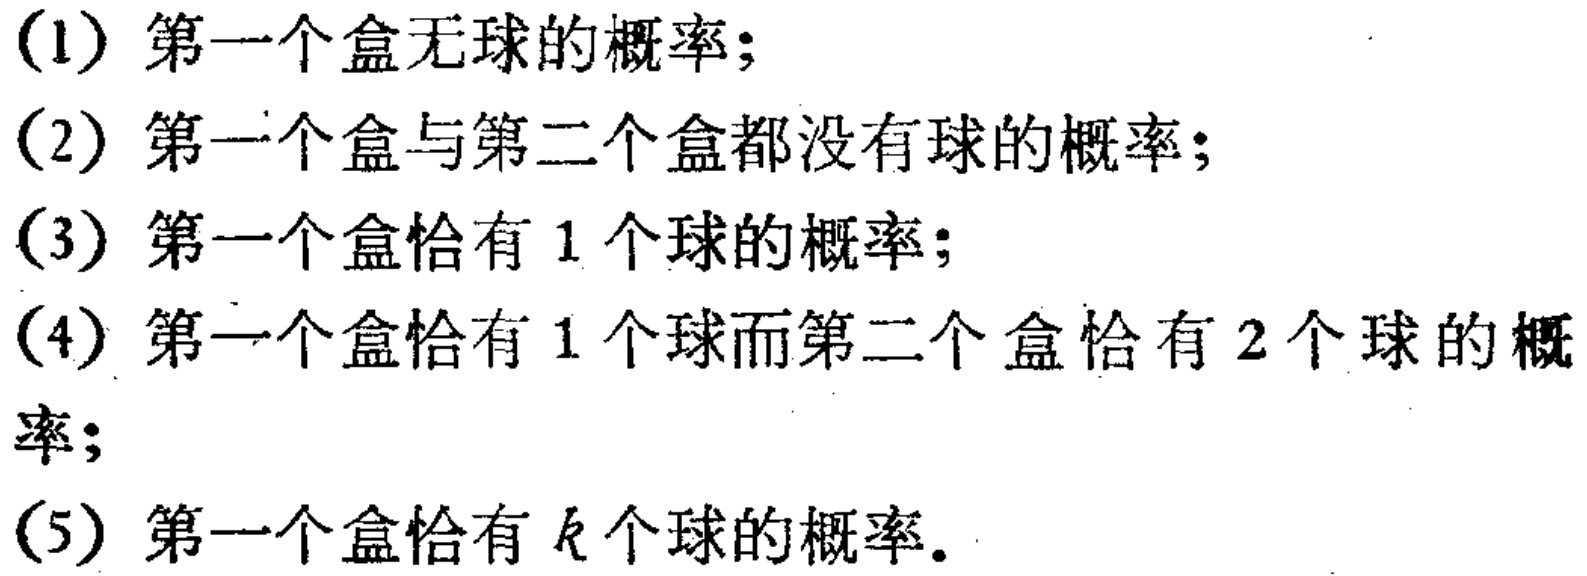
(1) 第一个盒无球的概率；
(2) 第一个盒与第二个盒都没有球的概率；
(3) 第一个盒恰有 1 个球的概率；
(4) 第一个盒恰有 1 个球而第二个盒恰有 2 个球的概率；
(5) 第一个盒恰有 \(k\) 个球的概率。